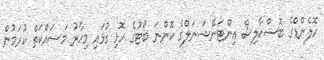
ހޮލެންޑްގެ ބޮސްކާލިސް އިންޓަނޭޝަނަލްގެ ކޮންނަ ބޯޓުގެ ހޮޅި ގުޅައި މިހާރު މަސައްކަތް ކުރަމުން